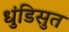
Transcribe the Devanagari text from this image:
धुंडिसुत